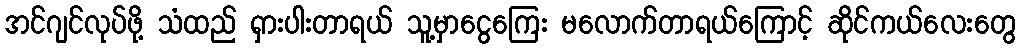
အင်ဂျင်လုပ်ဖို့ သံထည် ရှားပါးတာရယ် သူ့မှာငွေကြေး မလောက်တာရယ်ကြောင့် ဆိုင်ကယ်လေးတွေ